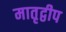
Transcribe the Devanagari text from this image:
मातृद्वीप